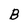
Character: B